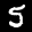
Label: 5